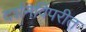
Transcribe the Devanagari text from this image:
दर्शनविपरीत